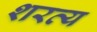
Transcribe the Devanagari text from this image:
शरव्य